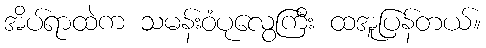
အိပ်ရာထဲက သမန်းဝံပုလွေကြီး ထအူပြန်တယ်။